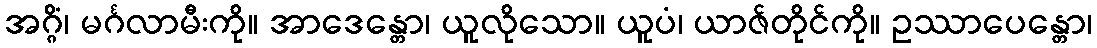
အဂ္ဂိံ၊ မင်္ဂလာမီးကို။ အာဒေန္တော၊ ယူလိုသော။ ယူပံ၊ ယာဇ်တိုင်ကို။ ဥဿာပေန္တော၊